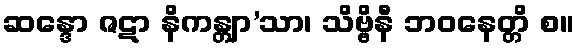
ဆန္ဒော ဇဋာ နိကန္တျာ’သာ၊ သိဗ္ဗိနီ ဘဝနေတ္တိ စ။